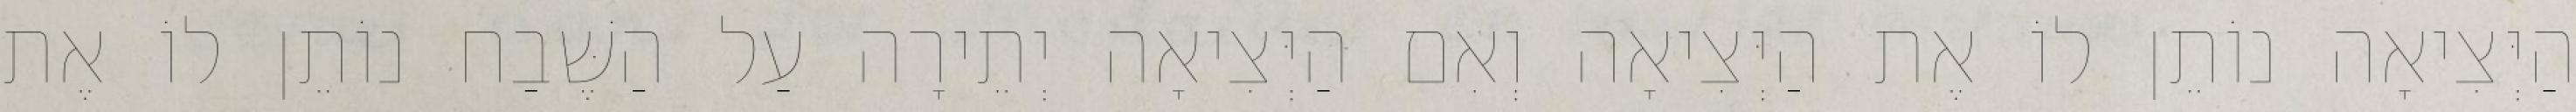
הַיְּצִיאָה נוֹתֵן לוֹ אֶת הַיְּצִיאָה וְאִם הַיְּצִיאָה יְתֵירָה עַל הַשֶּׁבַח נוֹתֵן לוֹ אֶת